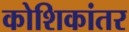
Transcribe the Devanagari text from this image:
कोशिकांतर